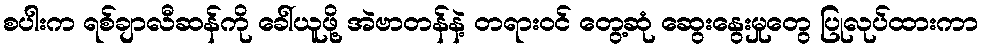
စပါးက ရစ်ချာလီဆန်ကို ခေါ်ယူဖို့ အဲဗာတန်နဲ့ တရားဝင် တွေ့ဆုံ ဆွေးနွေးမှုတွေ ပြုလုပ်ထားကာ